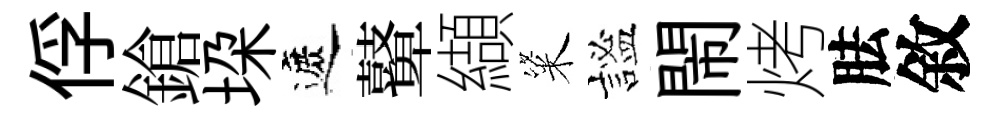
俘鎗垜遮鼙纈粢謐閙烤胠敘